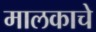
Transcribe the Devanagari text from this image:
मालकाचे